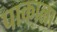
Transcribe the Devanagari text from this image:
पाकाला